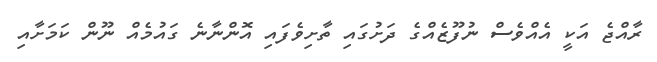
ރާއްޖެ އަކީ އެއްވެސް ނުފޫޒެއްގެ ދަށުގައި ތާށިވެފައި އޮންނާނެ ގައުމެއް ނޫން ކަމަށާއި